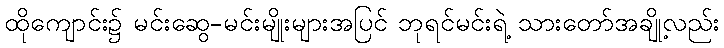
ထိုကျောင်း၌ မင်းဆွေ-မင်းမျိုးများအပြင် ဘုရင်မင်းရဲ့ သားတော်အချို့လည်း